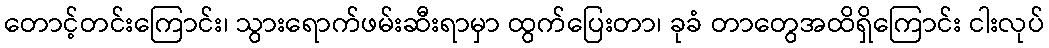
တောင့်တင်းကြောင်း၊ သွားရောက်ဖမ်းဆီးရာမှာ ထွက်ပြေးတာ၊ ခုခံ တာတွေအထိရှိကြောင်း ငါးလုပ်